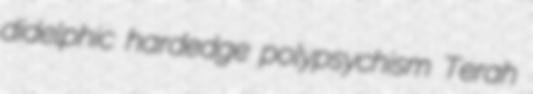
didelphic hardedge polypsychism Terah